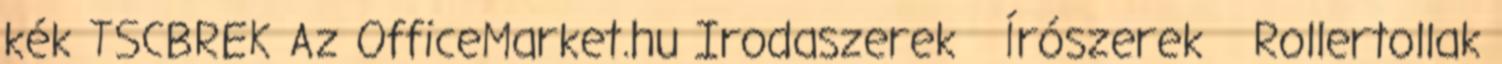
kék TSCBREK Az OfficeMarket.hu Irodaszerek Írószerek Rollertollak